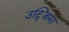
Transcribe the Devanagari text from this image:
उद्ज़िमा